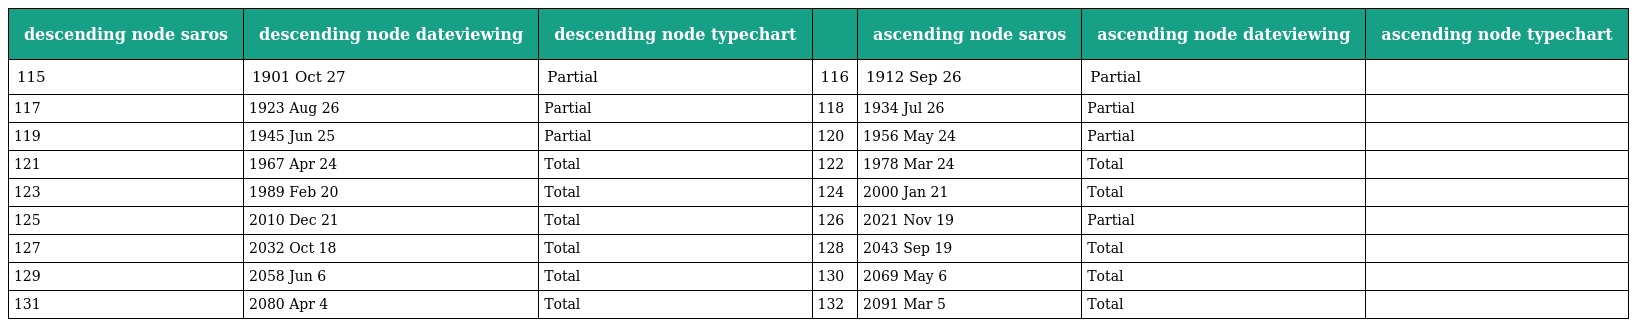
| descending node saros | descending node dateviewing | descending node typechart |  | ascending node saros | ascending node dateviewing | ascending node typechart |
 | --- | --- | --- | --- | --- | --- | --- |
 | 115 | 1901 Oct 27 | Partial | 116 | 1912 Sep 26 | Partial |  |
 | 117 | 1923 Aug 26 | Partial | 118 | 1934 Jul 26 | Partial |  |
 | 119 | 1945 Jun 25 | Partial | 120 | 1956 May 24 | Partial |  |
 | 121 | 1967 Apr 24 | Total | 122 | 1978 Mar 24 | Total |  |
 | 123 | 1989 Feb 20 | Total | 124 | 2000 Jan 21 | Total |  |
 | 125 | 2010 Dec 21 | Total | 126 | 2021 Nov 19 | Partial |  |
 | 127 | 2032 Oct 18 | Total | 128 | 2043 Sep 19 | Total |  |
 | 129 | 2058 Jun 6 | Total | 130 | 2069 May 6 | Total |  |
 | 131 | 2080 Apr 4 | Total | 132 | 2091 Mar 5 | Total |  |